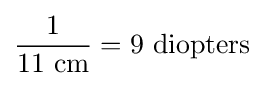
{\frac {1}{11\ {\text{cm}}}}=9\ {\text{diopters}}